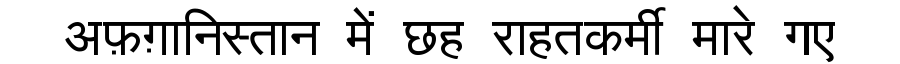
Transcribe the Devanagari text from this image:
अफ़ग़ानिस्तान में छह राहतकर्मी मारे गए